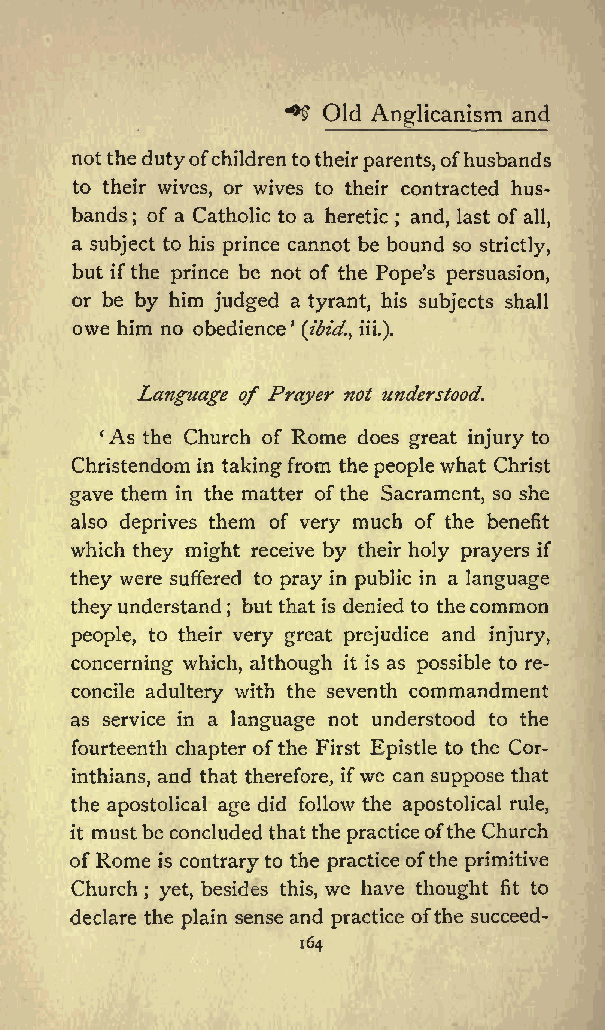
Old          and
 ^&amp;gt; Anglicanism
 notthedutyofchildrentotheirparents,ofhusbands
 to their wives, or wives to their contracted hus
 bands ; of a Catholic to a heretic ; and, last of all,
 a subject to his prince cannot be bound so strictly,
 but ifthe prince be not of the Popes persuasion,
 or be by him judged a tyrant, his subjects shall
 owe him no obedience
 (ibid., iii.).
 Language of Prayer not understood.
 As the Church of Rome does great injury to
 Christendom in taking from the people what Christ
 gave them in the matter ofthe Sacrament, so she
 also deprives them of very much of the benefit
 which they might receive by their holy prayers if
 they were suffered to pray in public in a language
 they understand but that is denied to thecommon
 ;
 people, to their very great prejudice and injury,
 concerning which, although it is as possible to re
 concile adultery with the seventh commandment
 as service in a language not understood to the
 fourteenth chapter ofthe First Epistle to the Cor
 inthians, and that therefore, ifwe can suppose that
 the apostolical age did follow the apostolical rule,
 it mustbe concluded thatthe practiceofthe Church
 ofRome is contraryto the practice ofthe primitive
 Church ; yet, besides this, we have thought fit to
 declare the plain sense and practice ofthe succeed-
 164